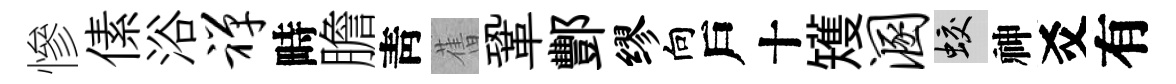
慘傃浴禅畤膽靑𦾔鞏酆缪向戶十矱溷蛟神爻有